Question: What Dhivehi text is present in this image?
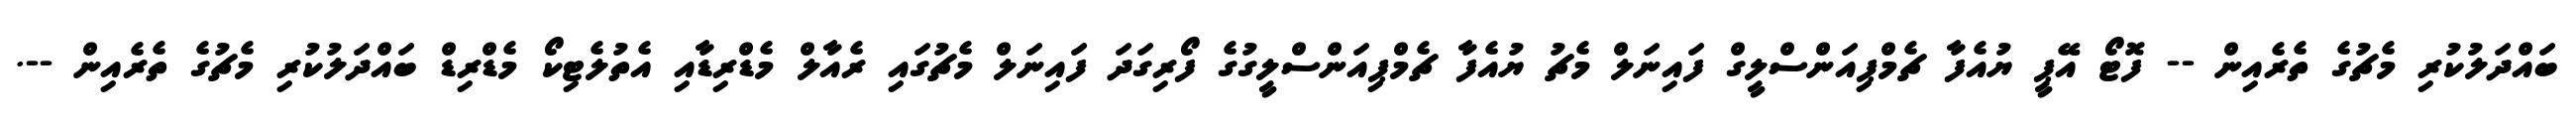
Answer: ބައްދަލުކުރި މެޗުގެ ތެރެއިން -- ފޮޓޯ އޭޕީ ޔުއެފާ ޗެމްޕިއަންސްލީގް ފައިނަލް މެޗު ޔުއެފާ ޗެމްޕިއަންސްލީގުގެ ފޯރިގަދަ ފައިނަލް މެޗުގައި ރެއާލް މެޑްރިޑާއި އެތުލެޓިކޯ މެޑްރިޑް ބައްދަލުކުރި މެޗުގެ ތެރެއިން --.